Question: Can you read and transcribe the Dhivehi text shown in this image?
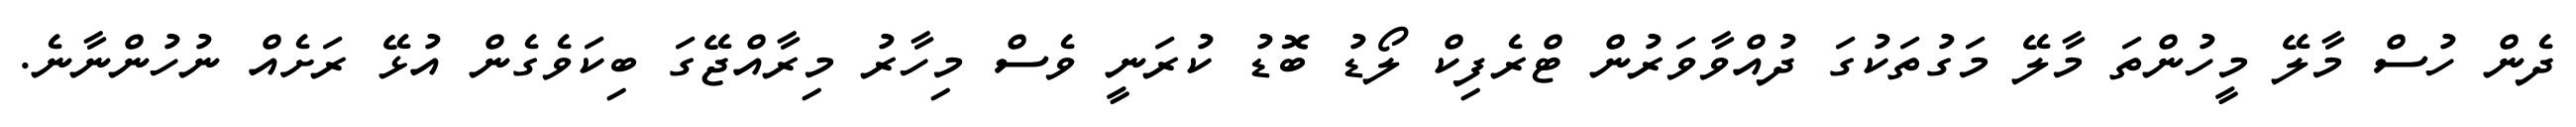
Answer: ދެން ހުސް މާލޭ މީހުންތަ މާލޭ މަގުތަކުގަ ދުއްވާވަރުން ޓްރެފިކް ލޯޑު ބޮޑު ކުރަނީ ވެސް މިހާރު މިރާއްޖޭގަ ބިކަވެގެން އުޅޭ ރަށެއް ނުހުންނާނެ.